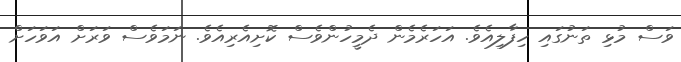
ވަސް މުޅި ތަނުގައި ހިފާލިއެވެ. އަހަރެމެން ދެމީހުންވެސް ކޮށިއެރިއެވެ. ނަމަވެސް ވަރަށް އަވަހަށް